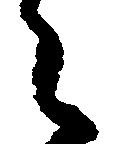
々